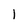
Character: 1